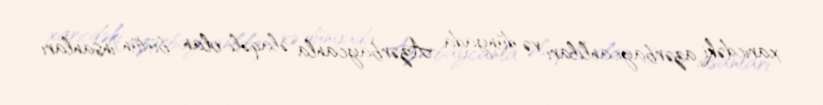
xaricdəki azərbaycanlıları və dünyada Azərbaycanla əlaqəli olan bütün insanları